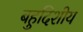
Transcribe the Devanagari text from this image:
बहुदिशीय